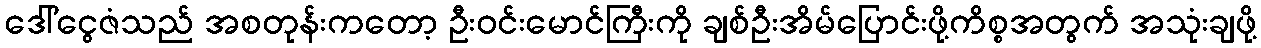
ဒေါ်ငွေဇံသည် အစတုန်းကတော့ ဦးဝင်းမောင်ကြီးကို ချစ်ဦးအိမ်ပြောင်းဖို့ကိစ္စအတွက် အသုံးချဖို့